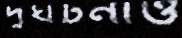
দুর্ঘটনাও